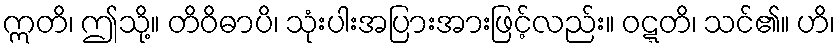
ဣတိ၊ ဤသို့။ တိဝိဓာပိ၊ သုံးပါးအပြားအားဖြင့်လည်း။ ဝဋ္ဋတိ၊ သင်၏။ ဟိ၊